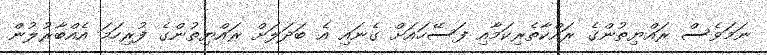
ނަމަވެސް ރައްޔިތުންގެ ރައްކާތެރިކަމާއި ފަސޭހައަށް ގެނައި އެ ބަދަލަށް ރައްޔިތުންގެ ފުރިހަމަ އެއްބާރުލުން